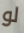
لو